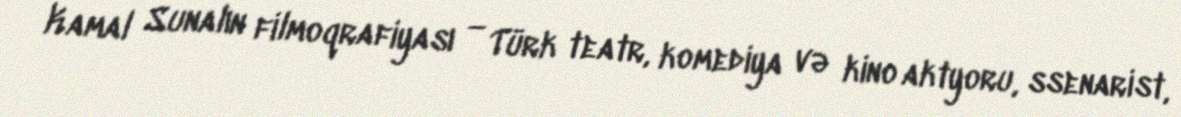
Kamal Sunalın filmoqrafiyası — Türk teatr, komediya və kino aktyoru, ssenarist,